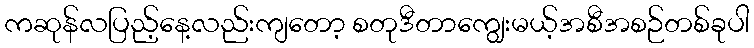
ကဆုန်လပြည့်နေ့လည်းကျတော့ စတုဒီတာကျွေးမယ့်အစီအစဉ်တစ်ခုပါ